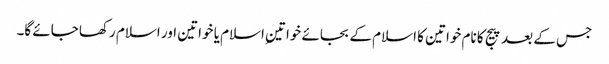
جس کے بعد پیج کا نام خواتین کا اسلام کے بجائے خواتینِ اسلام یا خواتین اور اسلام رکھا جائے گا۔